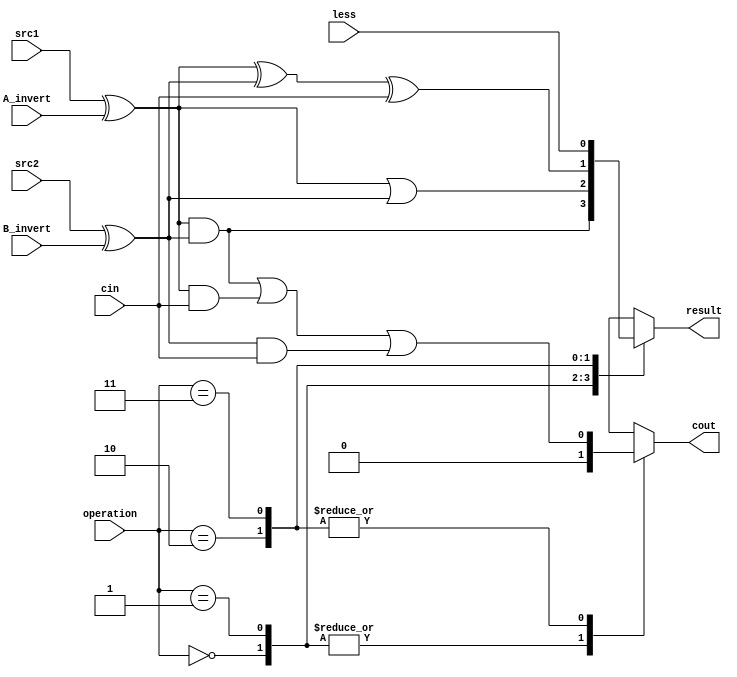
`timescale 1ns/1ps

//////////////////////////////////////////////////////////////////////////////////
// 0616058_0617052
// Company: 
// Engineer: 
// 
// Design Name: 
// Module Name:    alu_top 
// Project Name: 
// Target Devices: 
// Tool versions: 
// Description: 
//
// Dependencies: 
//
// Revision: 
// Revision 0.01 - File Created
// Additional Comments: 
//
//////////////////////////////////////////////////////////////////////////////////

module alu_top(
               src1,       //1 bit source 1 (input)
               src2,       //1 bit source 2 (input)
               less,       //1 bit less     (input)
               A_invert,   //1 bit A_invert (input)
               B_invert,   //1 bit B_invert (input)
               cin,        //1 bit carry in (input)
               operation,  //operation      (input)
               result,     //1 bit result   (output)
               cout,       //1 bit carry out(output)
               );

input         src1;
input         src2;
input         less;
input         A_invert;
input         B_invert;
input         cin;
input [2-1:0] operation;

output        result;
output        cout;

reg           result;
reg	      cout;			  
reg 	      sr1;
reg	      sr2;	

always@( * )
begin

sr1 = src1 ^ A_invert;  
sr2 = src2 ^ B_invert;
		
	case(operation)
		2'b00:  begin           //and    
			result = sr1 & sr2;				 
			cout = 0 ; end
			
		2'b01:	begin			//or					
			result = sr1 | sr2;				
			cout = 0; end
			
		2'b10: 	begin			//fulladder
			result = sr1 ^ sr2 ^ cin;		
			cout = (sr1 & sr2) | (sr1 & cin) | (sr2 & cin); end
			
		2'b11:	begin			//set less to result
			result = less ;                  
			cout = (sr1 & sr2) | (sr1 & cin) | (sr2 & cin); end
		
		endcase
	
end
		  
endmodule